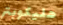
هليكوبتر